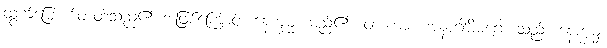
ထွက်မြောက်တတ်သည်၏ အဖြစ်ကြောင့်။ နေက္ခမ္မံ၊ မည်၏။ ဝါ၊ ကား။ အနာဂါမိမဂ္ဂေါ၊ သည်။ နေက္ခမ္မံ၊